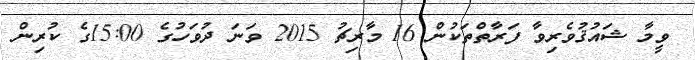
ވީމާ ޝައުޤުވެރިވާ ފަރާތްތަކުން 16 މާރިޗު 2015 ވަނަ ދުވަހުގެ 15:00ގެ ކުރިން